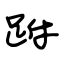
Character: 跗